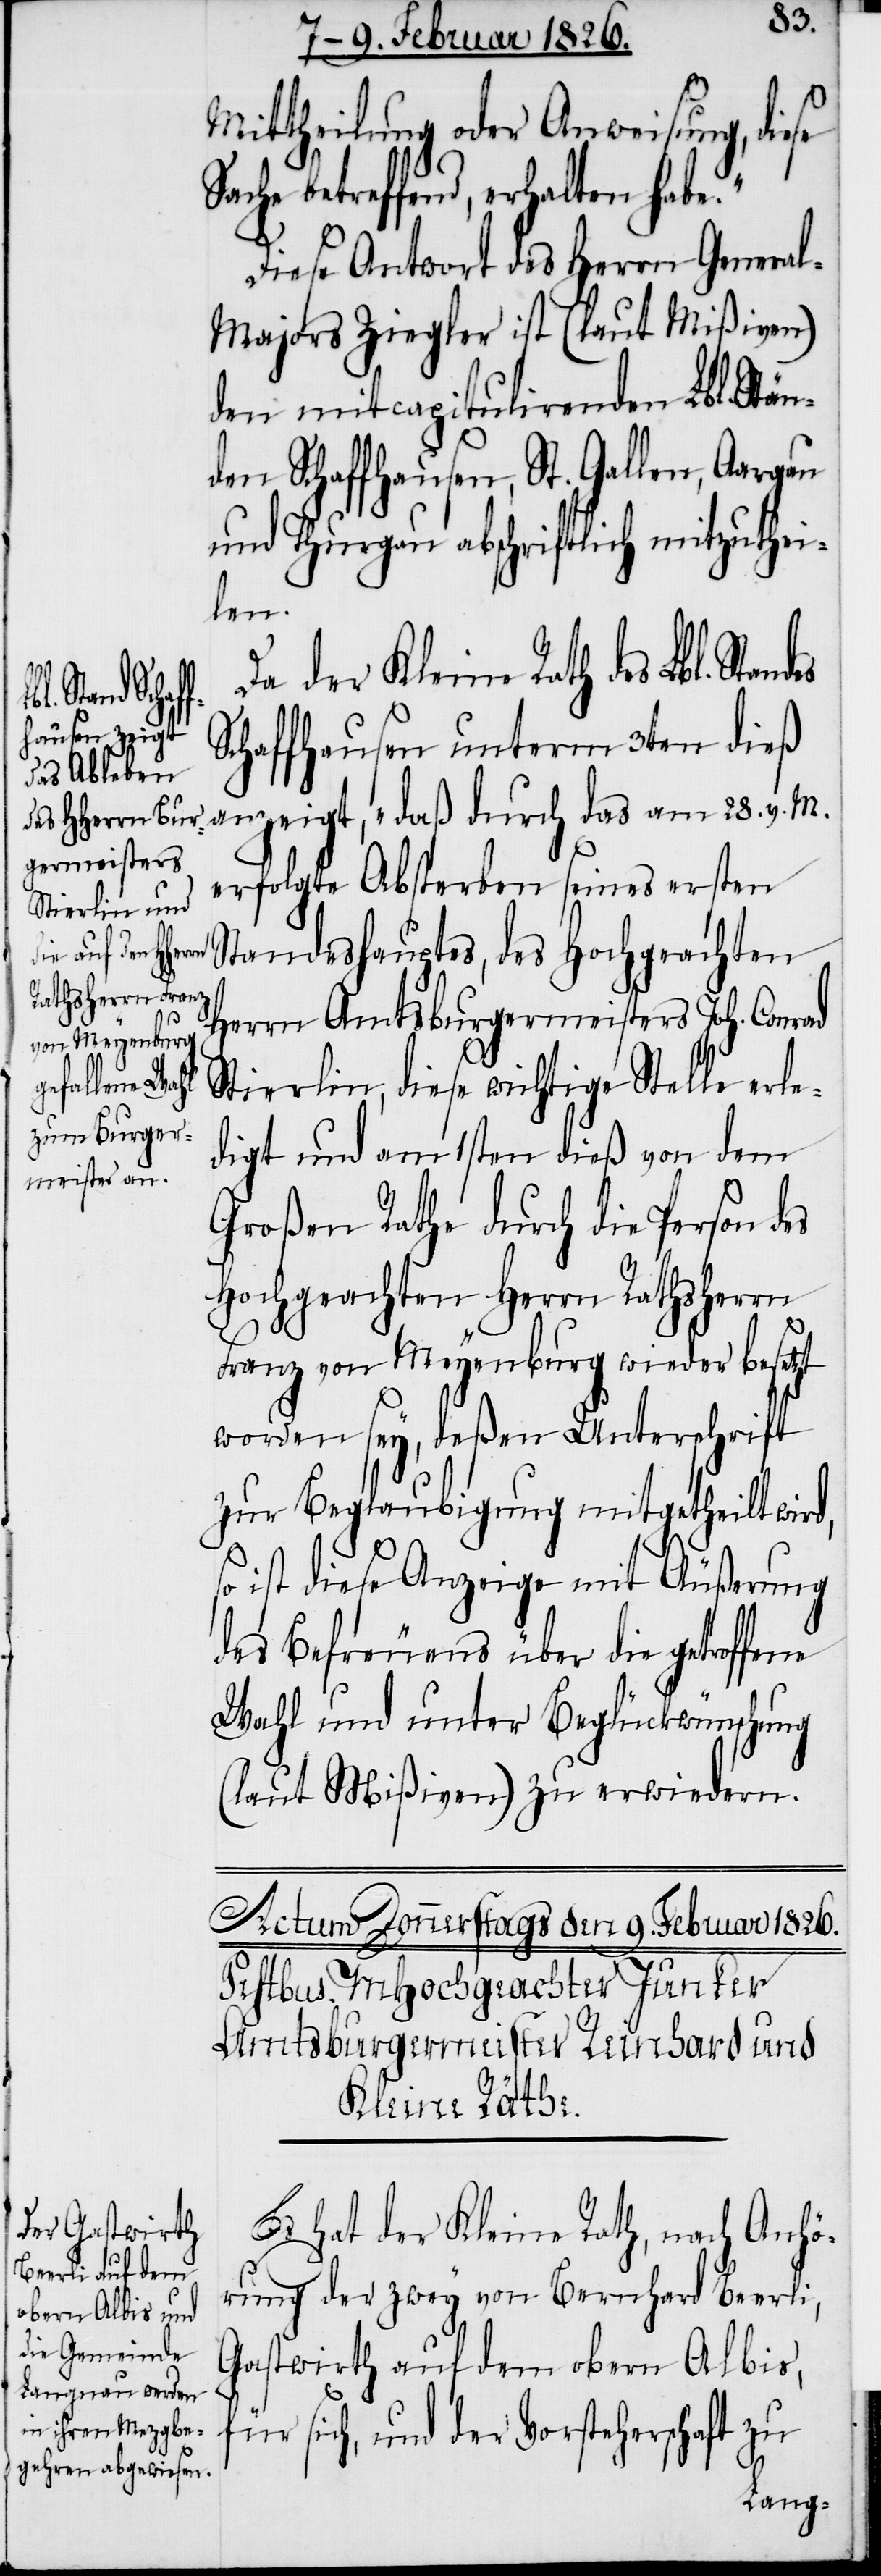
d,[“] so i¬
se Sache

Mittheilung oder Anweisung, die¬
betreffend, erhalten habe.“
Diese Antwort des Herrn Genera¬
l-Majors Ziegler ist (laut Mißiven)
den mitcapitulirenden Lbl. Stän¬
den Schaffhausen, St. Gallen, Aargau
und Thurgau abschriftlich mitzuthei¬
len.
Da der Kleine Rath des Lbl. St¬
Schaffhausen unterm 3ten dieß
anzeigt, „daß durch das am 28. v. M.
erfolgte Absterben seines ersten
Standeshauptes, des Hochgeachten
Herrn Amtsburgermeisters Joh. Conrad
Stierlin, diese wichtige Stelle erle¬
digt und am 1sten dieß von dem
Großen Rathe durch die Person des
Hochgeachten Herrn Rathsherrn
Franz von Meyenburg wieder besetzt
worden sey, deßen Unterschrift
zur Beglaubigung mitgetheilt wir¬
st diese Anzeige mit Äußerung
des Befreuens über die getroffene
Wahl und unter Beglückwünschung
(laut Mißiven) zu erwiedern.
Es hat der Kleine Rath, nach Anhö¬
rung der zwey von Bernhard Beerli,
Gastwirth auf dem obern Albis,
sich, und der Vorsteherschaft zu
andes